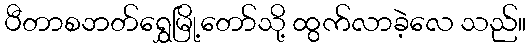
ပီတာစဘတ်ရွှေမြို့တော်သို့ ထွက်လာခဲ့လေ သည်။